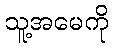
သူ့အမေကို